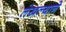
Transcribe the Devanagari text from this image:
लेखल्याने